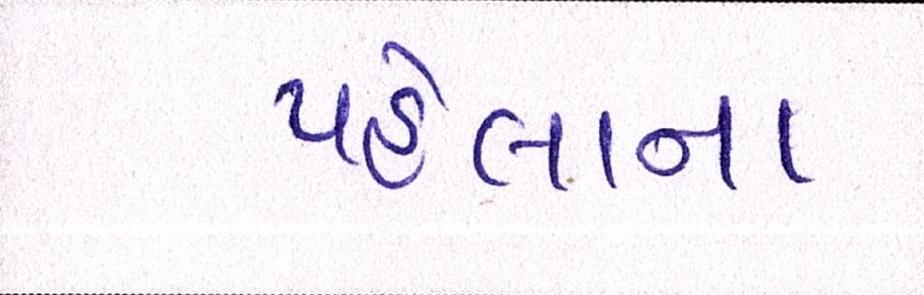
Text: પહેલાના